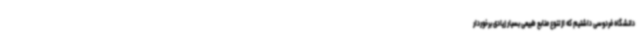
دانشگاه فردوسی داشتیم که از تنوع منابع طبیعی بسیار زیادی برخوردار